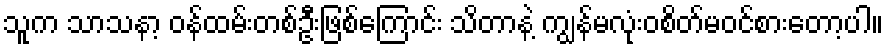
သူက သာသနာ့ ဝန်ထမ်းတစ်ဦးဖြစ်ကြောင်း သိတာနဲ့ ကျွန်မလုံးဝစိတ်မဝင်စားတော့ပါ။